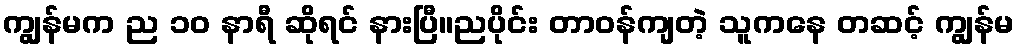
ကျွန်မက ည ၁၀ နာရီ ဆိုရင် နားပြီ။ညပိုင်း တာဝန်ကျတဲ့ သူကနေ တဆင့် ကျွန်မ